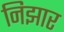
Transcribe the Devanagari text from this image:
निझार